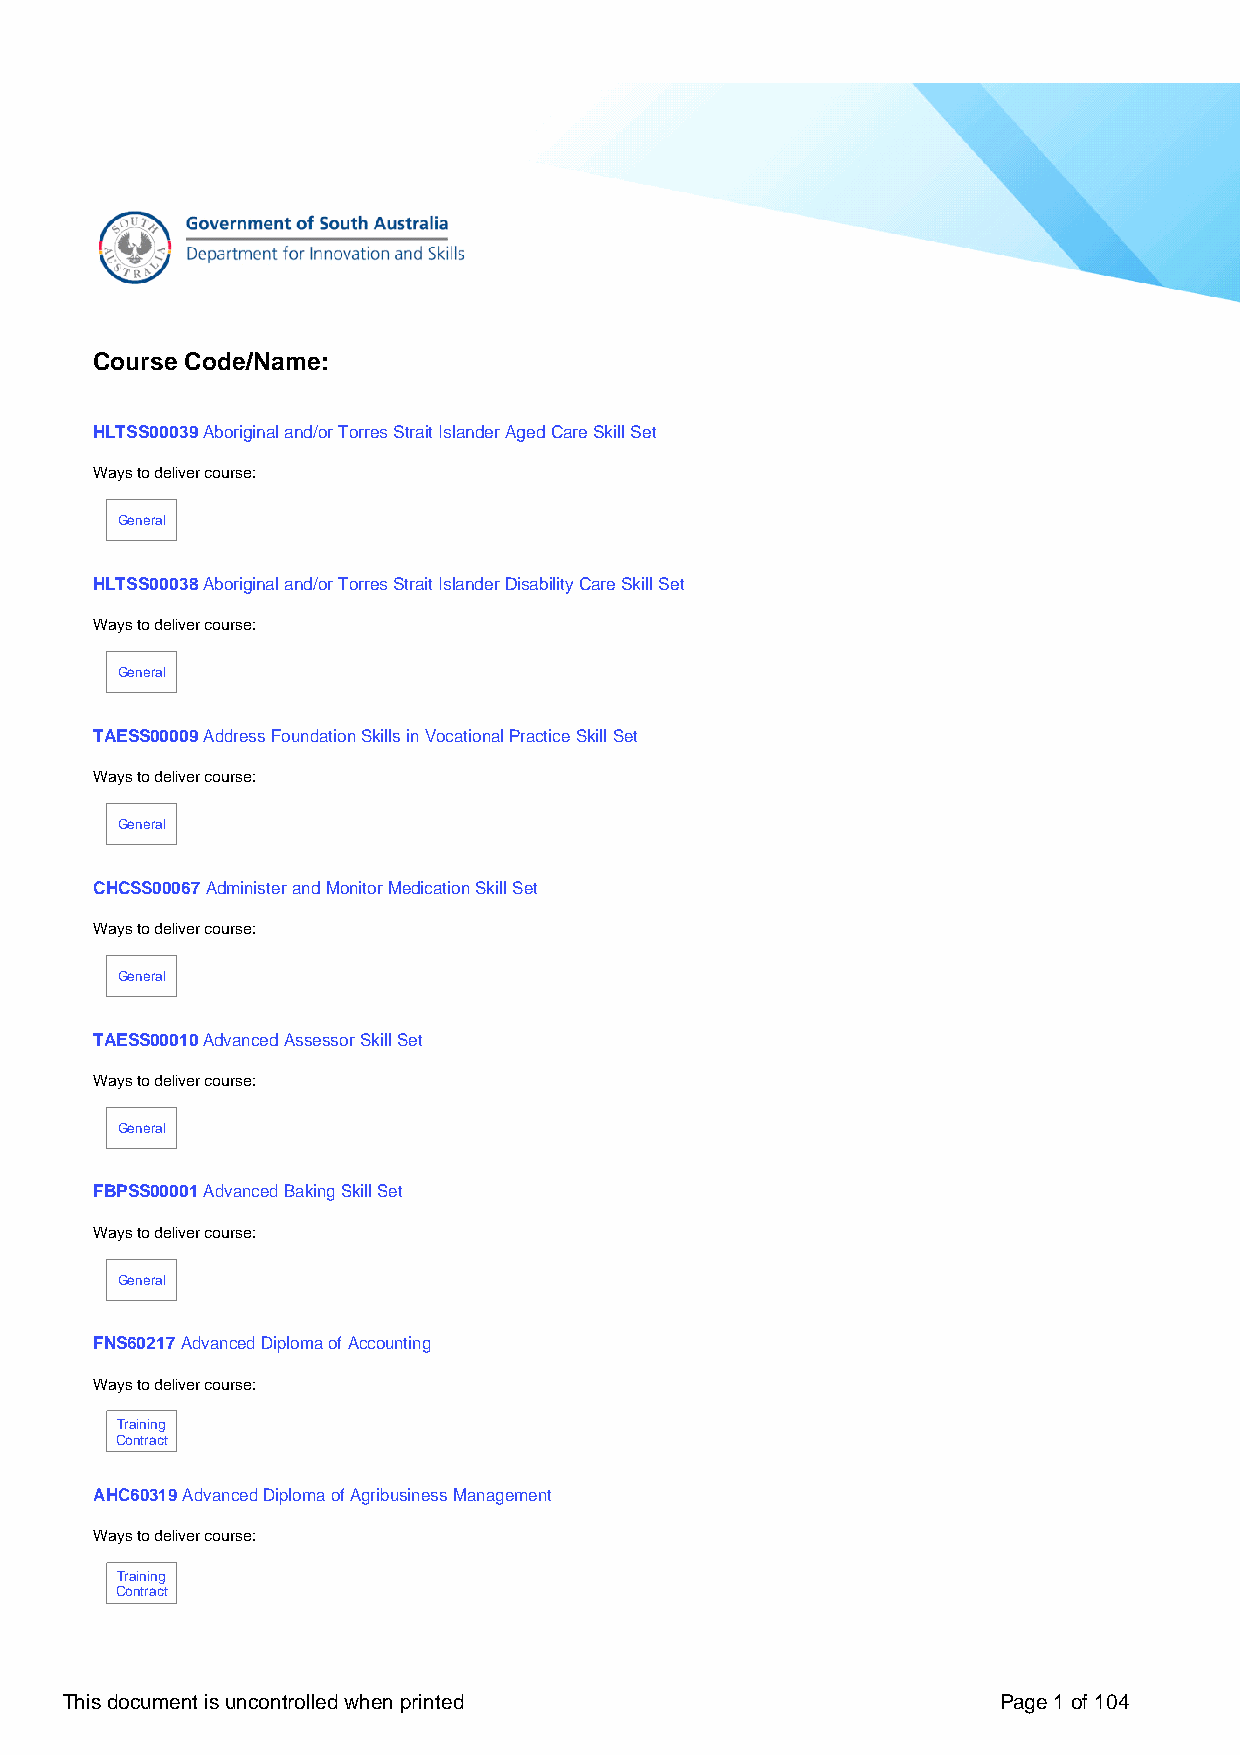
Course Code/Name:
 HLTSS00039 Aboriginal and/or Torres Strait Islander Aged Care Skill Set
 Ways to deliver course:
 General
 HLTSS00038 Aboriginal and/or Torres Strait Islander Disability Care Skill Set
 Ways to deliver course:
 General
 TAESS00009 Address Foundation Skills in Vocational Practice Skill Set
 Ways to deliver course:
 General
 CHCSS00067 Administer and Monitor Medication Skill Set
 Ways to deliver course:
 General
 TAESS00010 Advanced Assessor Skill Set
 Ways to deliver course:
 General
 FBPSS00001 Advanced Baking Skill Set
 Ways to deliver course:
 General
 FNS60217 Advanced Diploma of Accounting
 Ways to deliver course:
 Training
 Contract
 AHC60319 Advanced Diploma of Agribusiness Management
 Ways to deliver course:
 Training
 Contract
 This document is uncontrolled when printed                    Page 1 of 104